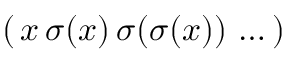
( \, x \, \sigma ( x ) \, \sigma ( \sigma ( x ) ) \, \ldots \, )